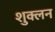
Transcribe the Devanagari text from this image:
शुक्लन